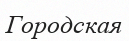
Городская